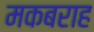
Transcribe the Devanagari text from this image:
मकबराह